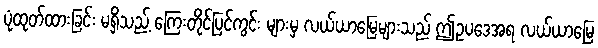
ပုံထုတ်ထားခြင်း မရှိသည့် ကြေးတိုင်ပြင်ကွင်း များမှ လယ်ယာမြေများသည် ဤဥပဒေအရ လယ်ယာမြေ